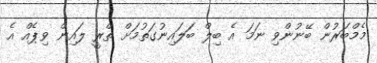
މެމްބަރުން ބޭނުންވި ނަމަ އެ ބިލް ބަލައިނުގަތުމަށް ތްރީ ލައިން ވިޕެއް އެ